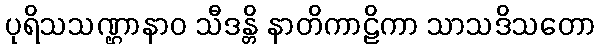
ပုရိသသဏ္ဌာနာဝ သီဒန္တိ နာတိကာဠိကာ သာသဒိသတော